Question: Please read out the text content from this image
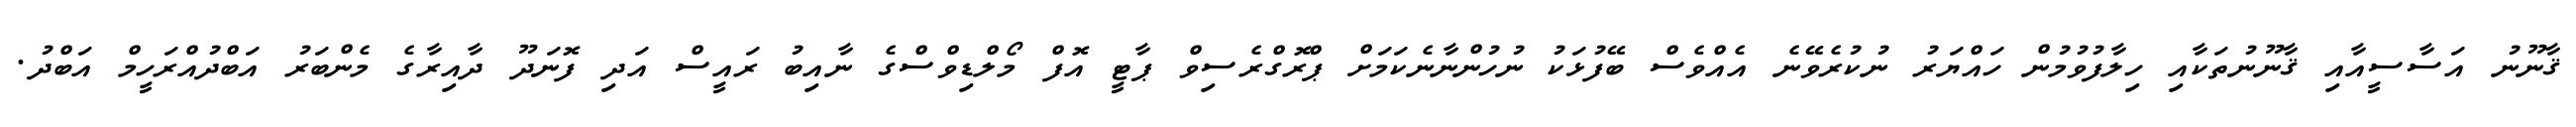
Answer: ޤާނޫނު އަސާސީއާއި ޤާނޫނުތަކާއި ހިލާފުވުމުން ހައްޔަރު ނުކުރެވޭނެ އެއްވެސް ބޭފުޅަކު ނުހުންނާނެކަމަށް ޕްރޮގްރެސިވް ޕާޓީ އޮފް މޯލްޑިވްސްގެ ނާއިބު ރައީސް އަދި ފޮނަދޫ ދާއިރާގެ މެންބަރު އަބްދުއްރަހީމް އަބްދު.